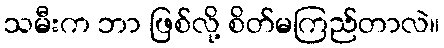
သမီးက ဘာ ဖြစ်လို့ စိတ်မကြည်တာလဲ။